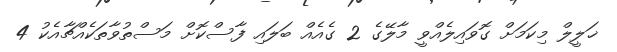
ޚަލީލް މިކަމަށް ގޮވައިިލެއްވީ މާލޭގެ 2 ގެއެއް ބަލައި ފާސްކޮށް މަސްތުވާތަކެއްޗާއެކު 4